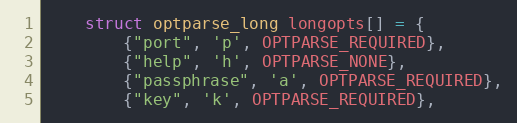
Language: C++
    struct optparse_long longopts[] = {
        {"port", 'p', OPTPARSE_REQUIRED},
        {"help", 'h', OPTPARSE_NONE},
        {"passphrase", 'a', OPTPARSE_REQUIRED},
        {"key", 'k', OPTPARSE_REQUIRED},